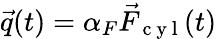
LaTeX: \vec{q}(t)=\alpha_{F}\vec{F}_{\mathrm{~c~y~l~}}(t)